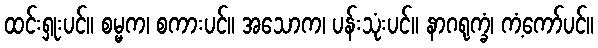
ထင်းရှုးပင်။ စမ္မက၊ စကားပင်။ အသောက၊ ပန်းသုံးပင်။ နာဂရုက္ခံ၊ ကံ့ကော်ပင်။